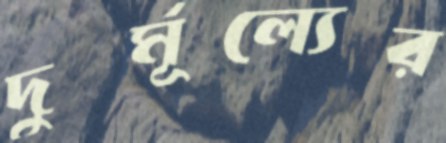
দুর্মূল্যের